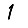
Digit: 1